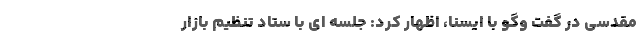
مقدسی در گفت وگو با ایسنا، اظهار کرد: جلسه ای با ستاد تنظیم بازار